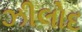
ઝીલોદ